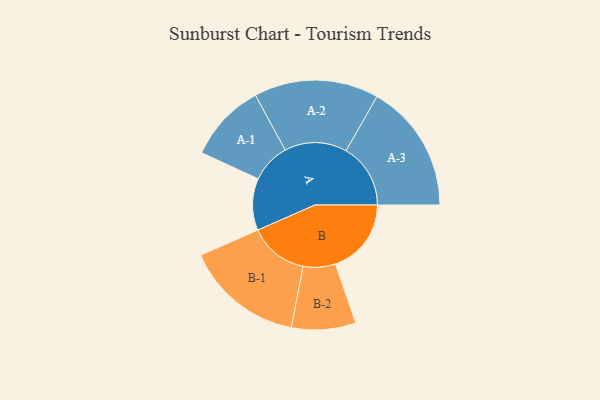
{"axis": {"x": "Segment", "y": "Value"}, "legend": ["", "A", "B"], "data": [{"x": "A", "y": 237, "type": ""}, {"x": "B", "y": 347, "type": ""}, {"x": "A-1", "y": 180, "type": "A"}, {"x": "A-2", "y": 285, "type": "A"}, {"x": "A-3", "y": 295, "type": "A"}, {"x": "B-1", "y": 271, "type": "B"}, {"x": "B-2", "y": 147, "type": "B"}]}